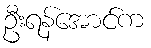
ဦးရန်အောင်က